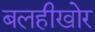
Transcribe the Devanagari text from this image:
बलहीखोर